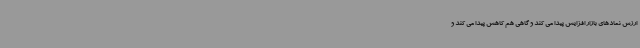
ارزش نمادهای بازار افزایش پیدا می کند و گاهی هم کاهش پیدا می کند و